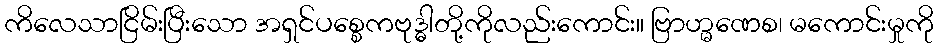
ကိလေသာငြိမ်းပြီးသော အရှင်ပစ္စေကဗုဒ္ဓါတို့ကိုလည်းကောင်း။ ဗြာဟ္မဏေစ၊ မကောင်းမှုကို